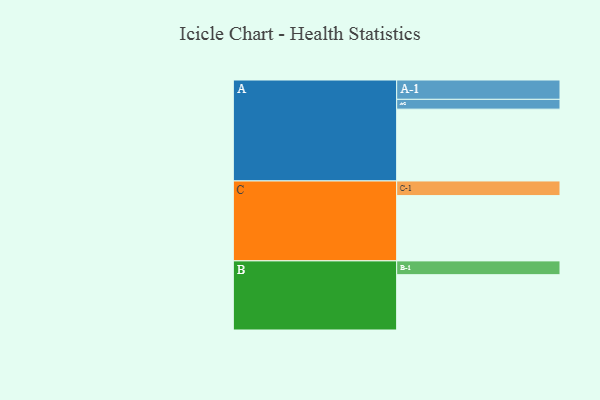
{"axis": {"x": "Segment", "y": "Value"}, "legend": ["", "A", "B", "C"], "data": [{"x": "A", "y": 505, "type": ""}, {"x": "B", "y": 389, "type": ""}, {"x": "C", "y": 459, "type": ""}, {"x": "A-1", "y": 136, "type": "A"}, {"x": "A-2", "y": 69, "type": "A"}, {"x": "B-1", "y": 97, "type": "B"}, {"x": "C-1", "y": 103, "type": "C"}]}